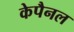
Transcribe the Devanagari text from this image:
केपैनल